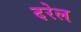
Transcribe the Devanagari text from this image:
दरेल